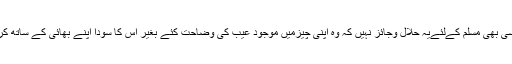
اورکسی بھی مسلم کےلئےیہ حلال وجائز نہیں کہ وہ اپنی چیزمیں موجود عیب کی وضاحت کئے بغیر اُس کا سودا اپنے بھائی کے ساتھ کرے‘‘۔